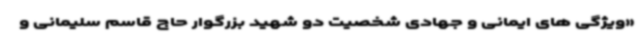
«ویژگی های ایمانی و جهادی شخصیت دو شهید بزرگوار حاج قاسم سلیمانی و